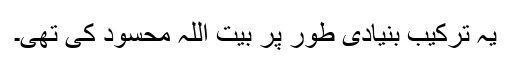
یہ ترکیب بنیادی طور پر بیت اللہ محسود کی تھی۔